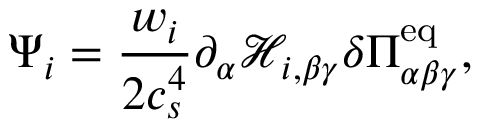
\Psi _ { i } = \frac { w _ { i } } { 2 c _ { s } ^ { 4 } } \partial _ { \alpha } \mathcal { H } _ { i , \beta \gamma } \delta \Pi _ { \alpha \beta \gamma } ^ { \mathrm { e q } } ,